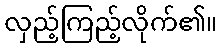
လှည့်ကြည့်လိုက်၏။